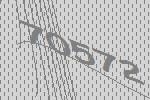
70572